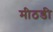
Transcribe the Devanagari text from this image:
मीठडी